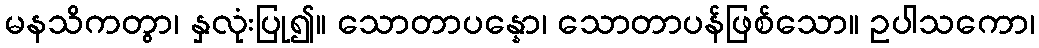
မနသိကတွာ၊ နှလုံးပြု၍။ သောတာပန္နော၊ သောတာပန်ဖြစ်သော။ ဥပါသကော၊